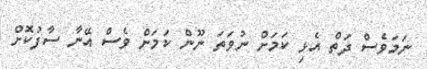
ނަމަވެސް ދަތް އެޅި ކަމަށް ނުވަތަ ނޫން ކަމަށް ވެސް އޭނާ ސާފުކޮށް